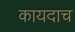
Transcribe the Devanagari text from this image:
कायदाच